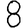
Digit: 8